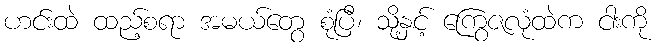
ဟင်းထဲ ထည့်စရာ အမယ်တွေ စုံပြီ၊ သို့နှင့် ကြွေဇလုံထဲက ငါးကို